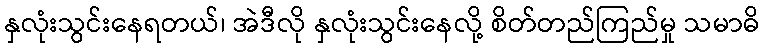
နှလုံးသွင်းနေရတယ်၊ အဲဒီလို နှလုံးသွင်းနေလို့ စိတ်တည်ကြည်မှု သမာဓိ